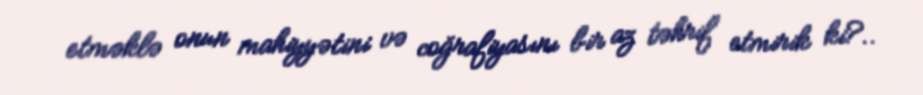
etməklə onun mahiyyətini və coğrafiyasını bir az təhrif etmirik ki?..